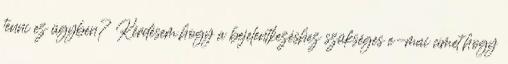
tenni ez ügyben? Kérdésem,hogy a bejelentkezéshez szükséges e-mai címet,hogy